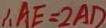
\therefore A E = 2 A D